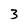
Character: 3